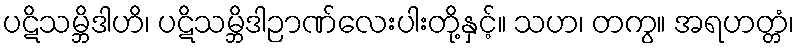
ပဋိသမ္ဘိဒါဟိ၊ ပဋိသမ္ဘိဒါဉာဏ်လေးပါးတို့နှင့်။ သဟ၊ တကွ။ အရဟတ္တံ၊